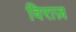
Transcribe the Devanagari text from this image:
विराज़